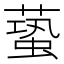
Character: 𧏤